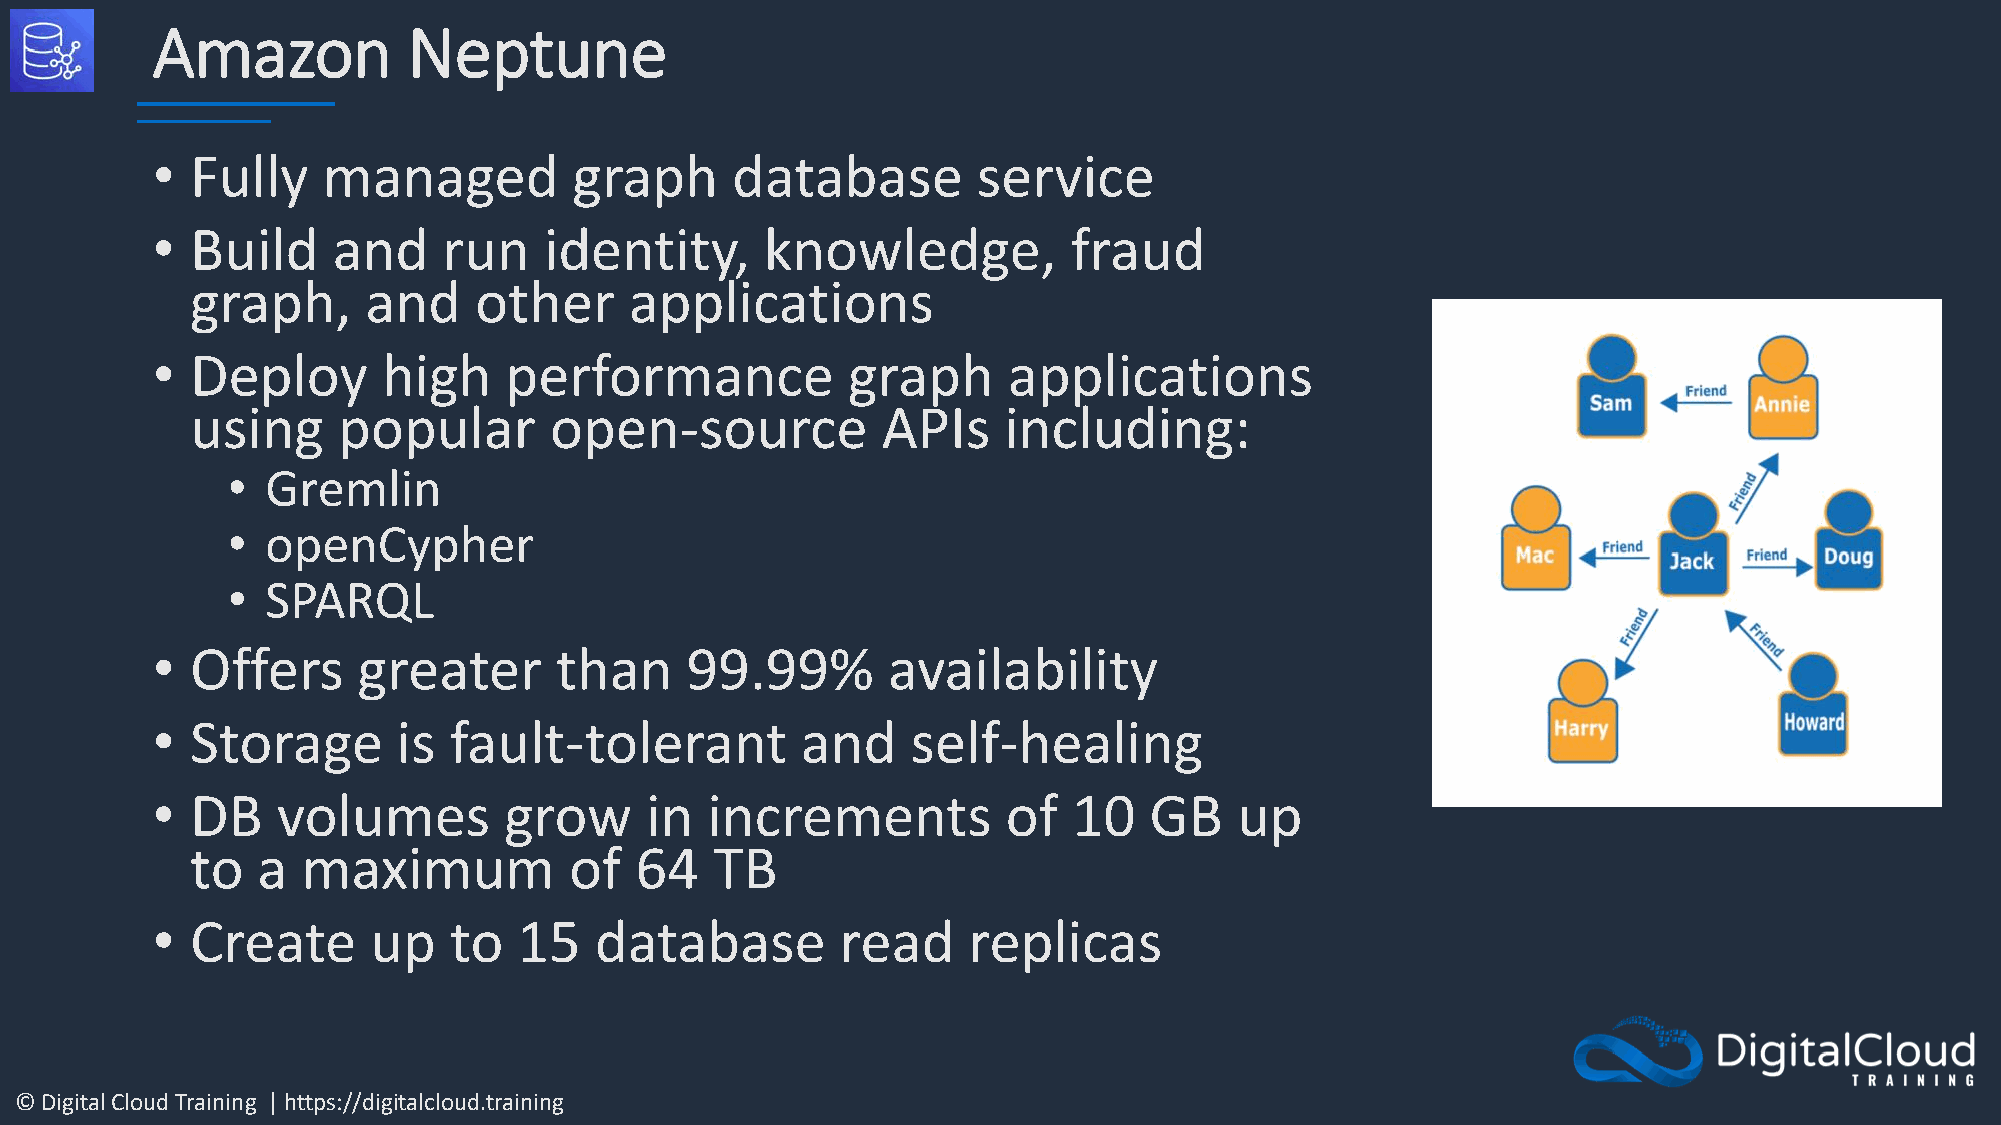
Amazon           Neptune
 •  Fully   managed          graph     database         service
 •  Build    and    run    identity,      knowledge,          fraud
 graph,     and    other      applications
 •  Deploy      high    performance            graph      applications
 using    popular       open-source           APIs    including:
 •  Gremlin
 •  openCypher
 •  SPARQL
 •  Offers     greater      than    99.99%        availability
 •  Storage      is  fault-tolerant         and    self-healing
 •  DB   volumes        grow      in  increments          of  10   GB    up
 to  a  maximum           of  64   TB
 •  Create     up    to  15   database         read    replicas
 © Digital Cloud Training | https://digitalcloud.training